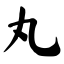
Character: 丸